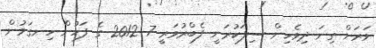
ވަރަށް ގިނަ ދިވެހިން ސިފަކުރަނީ ފެބްރުވަރީ 7 2012 ގެ ފަހުން ހިނގަމުން